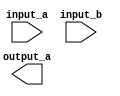
/*
 * 2-bit comparator
 *
 * RANGE : 
 *      0 TO 2^n - 1
 *      0 TO 2^2 - 1 = 3
 *      0 TO 3
 */

module two_bit_comp(
    input [1:0] input_a,
    input [1:0] input_b,
    output output_a
    );



endmodule